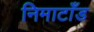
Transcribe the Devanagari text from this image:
निमाटाँड